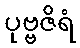
ပုဗ္ဗဇိရံ